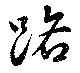
路